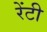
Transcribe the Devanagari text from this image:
रेंटी